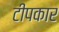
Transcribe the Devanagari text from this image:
टीपकार